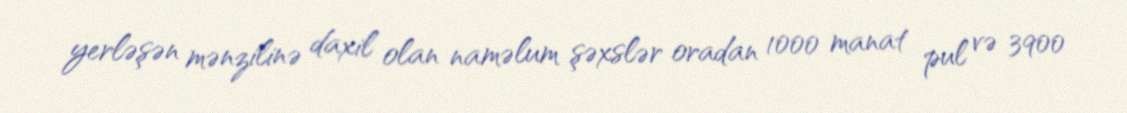
yerləşən mənzilinə daxil olan naməlum şəxslər oradan 1000 manat pul və 3900